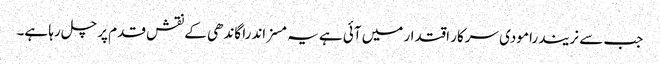
جب سے نریندرا مودی سرکار اقتدار میں آئی ہے یہ مسز اندرا گاندھی کے نقش قدم پر چل رہا ہے۔